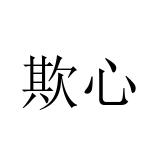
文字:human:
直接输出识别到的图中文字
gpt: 欺心